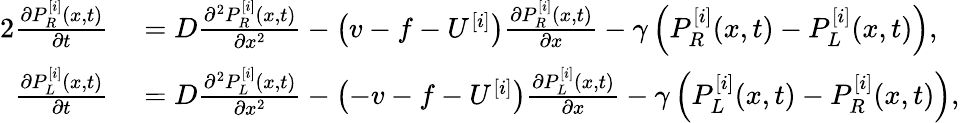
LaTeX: \begin{array}{rl}{{2}\frac{\partial P_{R}^{[i]}(x,t)}{\partial t}}&{{}=D\frac{\partial^{2}P_{R}^{[i]}(x,t)}{\partial x^{2}}-\left(v-f-U^{[i]}\right)\frac{\partial P_{R}^{[i]}(x,t)}{\partial x}-\gamma\left(P_{R}^{[i]}(x,t)-P_{L}^{[i]}(x,t)\right),}\\ {\frac{\partial P_{L}^{[i]}(x,t)}{\partial t}}&{{}=D\frac{\partial^{2}P_{L}^{[i]}(x,t)}{\partial x^{2}}-\left(-v-f-U^{[i]}\right)\frac{\partial P_{L}^{[i]}(x,t)}{\partial x}-\gamma\left(P_{L}^{[i]}(x,t)-P_{R}^{[i]}(x,t)\right),}\end{array}